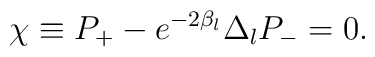
\chi \equiv P_+ - e^{-2\beta _l}\Delta _lP_- = 0.